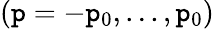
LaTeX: (\mathtt{p}=-\mathtt{p}_{0},...,\mathtt{p}_{0})